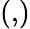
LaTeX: (,\! )